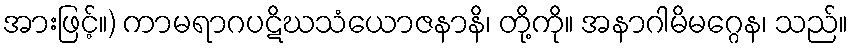
အားဖြင့်။) ကာမရာဂပဋိဃသံယောဇနာနိ၊ တို့ကို။ အနာဂါမိမဂ္ဂေန၊ သည်။